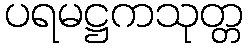
ပရမဋ္ဌကသုတ္တ